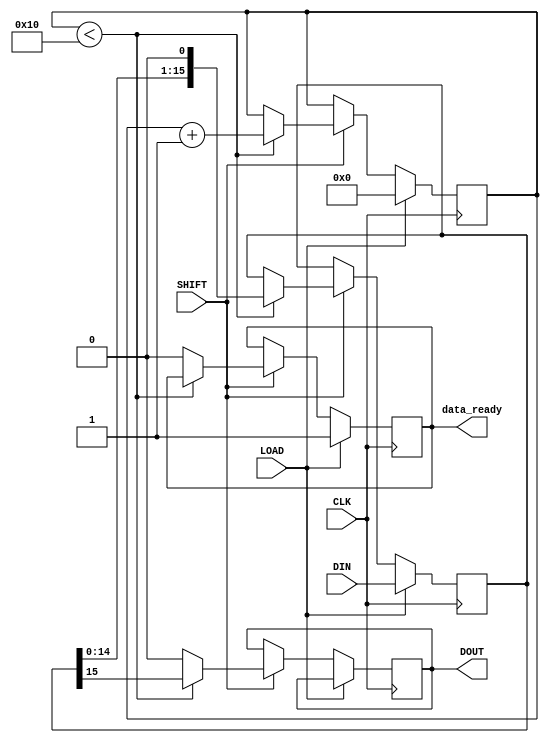
module PISO_Register (
    input wire [15:0] DIN,      // 16-bit parallel input
    input wire LOAD,            // Load signal
    input wire SHIFT,           // Shift signal
    input wire CLK,             // Clock signal
    output reg DOUT,            // Serial output
    output reg data_ready       // Data Ready Flag
);

    reg [15:0] register;        // 16-bit internal register
    reg [3:0] count;            // Bit counter for shift operations

    initial begin
        register = 16'b0;       // Initialize the register to zero
        count = 4'b0;          // Initialize the counter
        DOUT = 1'b0;           // Initialize the output
        data_ready = 1'b0;     // Initialize data ready flag
    end

    always @(posedge CLK) begin
        if (LOAD) begin
            // Load data into the register
            register <= DIN;
            count <= 4'b0;      // Reset counter
            data_ready <= 1'b1; // Indicate data is ready
        end else if (SHIFT) begin
            // Shift operation
            if (count < 16) begin
                DOUT <= register[15]; // Output MSB
                register <= {register[14:0], 1'b0}; // Shift right
                count <= count + 1; // Increment counter
            end else begin
                DOUT <= 1'b0;        // When all bits shifted out, output 0
                data_ready <= 1'b0; // Clear data ready flag
            end
        end
    end

endmodule